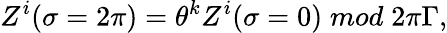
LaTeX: Z^{i}(\sigma=2\pi)={{\theta}^{k}}Z^{i}(\sigma=0)\; mod\; 2\pi\Gamma,